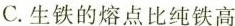
C.生铁的熔点比纯铁高